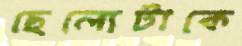
ছেল্যেটাকে